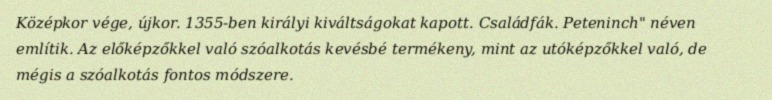
Középkor vége, újkor. 1355-ben királyi kiváltságokat kapott. Családfák. Peteninch" néven említik. Az előképzőkkel való szóalkotás kevésbé termékeny, mint az utóképzőkkel való, de mégis a szóalkotás fontos módszere.